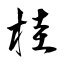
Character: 桂